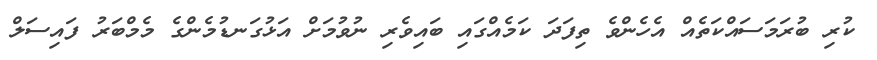
ކުރި ބުރަމަސައްކަތެއް އެހެންވެ ތިފަދަ ކަމެއްގައި ބައިވެރި ނުވުމަށް އަޅުގަނޑުމެންގެ މެމްބަރު ފައިސަލް